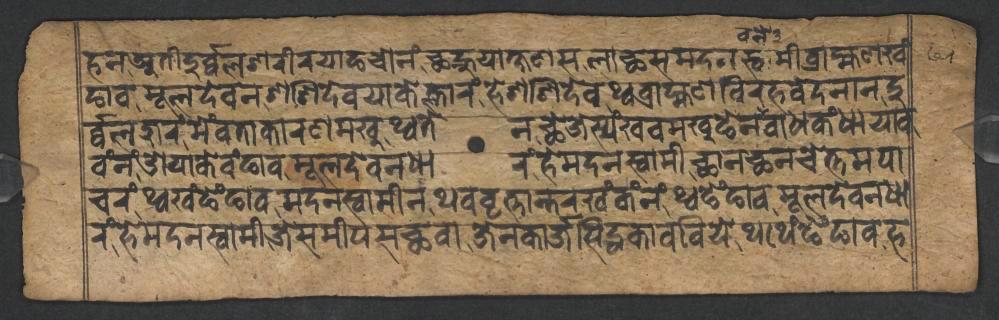
𑐴𑐣𑐀𑐟𑐷𑐡𑐸𑐬𑑂𑐧𑑂𑐧𑐮𑐱𑐬𑐷𑐬𑐫𑐵𑐒𑐔𑑀𑐣𑑄𑐕𑐣𑑂𑐴𑐸𑐫𑐵𑐎𑑂𑐲𑐞𑐳𑐮𑐵𑐕𑐳𑐩𑐡𑐣𑐳𑑂𑐰𑐵𑐩𑐷𑐧𑑂𑐬𑐵𑐴𑑂𑐩𑐞𑐏𑑄 𑐒𑐵𑐰𑐩𑐹𑐮𑐡𑐾𑐰𑐣𑐱𑐱𑐶𑐡𑐾𑐰𑐫𑐵𑐎𑐾𑐮𑑂𑐴𑐵𑐬𑑄𑐴𑐾𑐱𑐱𑐶𑐡𑐾𑐰𑐠𑑂𑐰𑐧𑑂𑐬𑐵𑐴𑑂𑐩𑐞𑐰𑐶𑐬𑐴𑐰𑐾𑐡𑐣𑐵𑐣𑐡𑐸 𑐬𑑂𑐧𑑂𑐧𑐮𑐖𑐸𑐬𑑄𑐩𑐾𑑄𑐰𑐟𑐵𑐎𑐵𑐬𑐞𑐩𑐏𑐸𑐠𑑂𑐰𑐟𑐾𑐣𑐕𑐾𑐖𑐾𑐳𑑂𑐫𑑄𑐏𑐰𑐩𑐏𑐸𑐒𑐾𑐣𑐰𑐵𑐢𑐎𑑄𑐢𑐵𑐫𑐵𑐰 𑐰𑑄𑐣𑑄𑐌𑐫𑐵𑐎𑐾𑐰𑑄𑐒𑐵𑐰𑐩𑐹𑐮𑐡𑐾𑐰𑐣𑑂𑐢𑐵𑐬𑑄𑐴𑐾𑐩𑐡𑐣𑐳𑑂𑐰𑐵𑐩𑐷𑐕𑐵𑐣𑐕𑐣𑐔𑐾𑐟𑑂𑐟𑐩𑐥𑐵 𑐔𑐬𑑄𑐠𑑂𑐰𑐏𑑄𑐒𑐾𑑄𑐒𑐵𑐰𑐩𑐡𑐣𑐳𑑂𑐰𑐵𑐩𑐷𑐣𑐠𑐰𑐰𑐺𑐟𑑂𑐟𑐵𑐣𑑂𑐟𑐬𑐏𑑄𑐎𑑄𑐣𑑄𑐠𑑂𑐰𑐒𑐾𑑄𑐒𑐵𑐰𑐩𑐹𑐮𑐡𑐾𑐰𑐣𑐢𑐵 𑐬𑑄𑐴𑐾𑐩𑐡𑐣𑐳𑑂𑐰𑐵𑐩𑐷𑐖𑐾𑐳𑐩𑐷𑐥𑐳𑐕𑐰𑐵𑐖𑐾𑐣𑐎𑐵𑐬𑑂𑐖𑐳𑐶𑐡𑑂𑐢𑐎𑐵𑐰𑐧𑐶𑐫𑐾𑐠𑐠𑐾𑑄𑐒𑐾𑑄𑐒𑐵𑐰𑐴